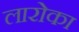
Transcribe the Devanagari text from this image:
लारोका